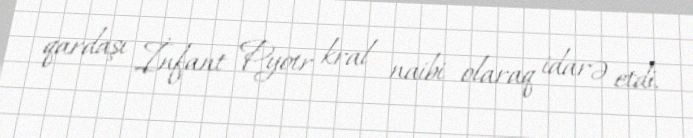
qardaşı İnfant Pyotr kral naibi olaraq idarə etdi.